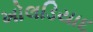
ખોલડિયાદ